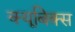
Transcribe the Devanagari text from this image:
क्यूबिक्स